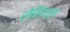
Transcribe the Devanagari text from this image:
रोलिंगला